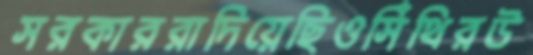
সরকাররাদিয়েছিওসিঁথিরউ